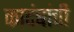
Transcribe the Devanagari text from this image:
कादंबांची